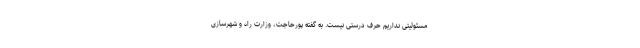
مسئولیتی نداریم حرف درستی نیست. به گفته پورحاجت، وزارت راه و شهرسازی